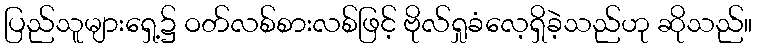
ပြည်သူများရှေ့၌ ဝတ်လစ်စားလစ်ဖြင့် ဗိုလ်ရှုခံလေ့ရှိခဲ့သည်ဟု ဆိုသည်။